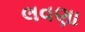
લવણા